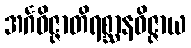
အင်္ဂဝိဇ္ဇာတိရစ္ဆာနဝိဇ္ဇာယ